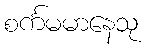
စင်္ကမမာနေသု